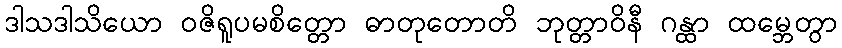
ဒါသဒါသိယော ဝဇိရူပမစိတ္တော ဓာတုတောတိ ဘုတ္တာဝိနီ ဂန္ထာ ထမ္ဘေတွာ